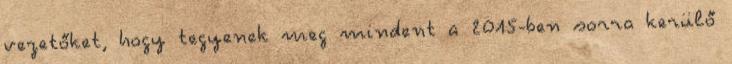
vezetőket, hogy tegyenek meg mindent a 2015-ben sorra kerülő